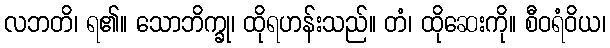
လဘတိ၊ ရ၏။ သောဘိက္ခု၊ ထိုရဟန်းသည်။ တံ၊ ထိုဆေးကို။ စီဝရံဝိယ၊